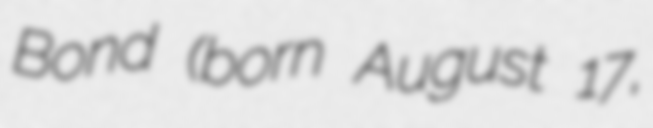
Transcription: Bond (born August 17,